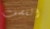
القصف